King Institute of Preventive Medicine Micro-Biological Section reports 1912-19
Year: 1912
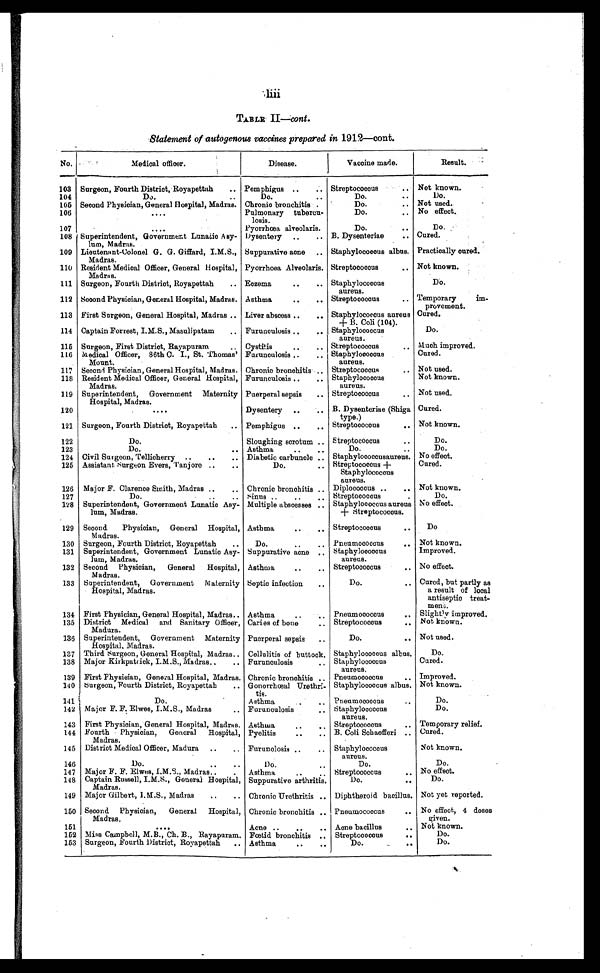
liii
TABLE II— cont.
Statement of autogenous vaccines prepared in 1912—cont.
No.
Medical officer.
Disease.
Vaccine made.
Result.
Not known.
Streptococcus . . .
103 Surgeon, Fourth District, Royapettah . . .
Pemphigus . . .
Do.
Do. . . .
104
Do. . . .
Do. . . .
Not used.
Do. . . .
105 Second Physician, General Hospital, Madras. Chronic bronchitis . . .
Do. . . .
No effect.
106
. . .
Pulmonary tubercu
-losis. . . .
107
. . .
Pyorrhœa alveolaris. . . .
Do. . . .
D o .
108 Superintendent, Government Lunatic Asy
-lum, Madras.
Dysentery . . .
B. Dysenteriae . . .
Cured.
Staphylococcus albus. . . Practically cured.
109 Lieutenant-Colonel G. G. Giffard, I.M.S.,
Madras.
Suppurative acne . . .
Streptococcus . . .
Not known.
110 Resident Medical Officer, General Hospital,
Madras.
Pyorrhoea Alveolaris.
111 Surgeon, Fourth District, Royapettah . . .
Eczema . . .
Staphylococcus
aureus.
Do.
112 Second Physician, General Hospital, Madras. Asthma . . .
Streptococcus . . .
Temporary im-
provement.
113 First Surgeon, General Hospital, Madras . . . Liver abscess . . .
Staphylococcus aureus
+ B. Coli (104).
Cured.
114 Captain Forrest, I.M.S., Masulipatam . . .
Furunculosis . . .
Staphylococcus
aureus.
Do.
115 Surgeon, First District, Rayapuram . . .
Cystitis . . .
Streptococcus . . .
Much improved.
Furunculosis . . .
Staphylococcus
aureus.
Cured.
116 Medical Officer, 86th C. I., St. Thomas'
Mount.
117 Second Physician, General Hospital, Madras. Chronic bronchitis . . . Streptococcus . . .
Not used.
Staphylococcus
aureus.
Not known.
Furunculosis . . .
Resident Medical Officer, General Hospital,
Madras.
118
119 Superintendent, Government Maternity
Hospital, Madras.
Puerperal sepsis . . .
Streptococcus . . .
Not used.
Dysentery . . .
B. Dysenteriae (Shiga
type.)
Cured.
120
. . .
121 Surgeon, Fourth District, Royapettah . . .
Pemphigus . . .
Streptococcus . . .
Not known.
122
Do.
Sloughing scrotum . . . Streptococcus . . .
Do.
Asthma . . .
Do. . .
Do.
123
Do. . . .
Staphylococcusaureus. No effect.
Civil Surgeon, Tellicherry . . .
Diabetic carbuncle . . .
124
125 Assistant Surgeon Evers, Tanjore . . .
Do. . . .
Streptococcus +
Staphylococcus
aureus.
Cured.
126 Major F. Clarence Smith, Madras . . .
Chronic bronchitis . . . Diplococcus . . .
Not known.
Do.
127
Do. . . .
Sinus . . .
Streptococcus . . .
128 Superintendent, Government Lunatic Asy-
lum, Madras.
Multiple abscesses . . . Staphylococcus aureus
+ Streptococcus.
No effect.
129 Second Physician, General Hospital,
Madras.
Asthma . . .
Streptococcus . . .
Do
Not known.
130 Surgeon, Fourth District, Royapettah . . .
Do. . . .
Pneumococcus . . .
Improved.
131 Superintendent, Government Lunatic Asy-
lum, Madras.
Suppurative acne . . . Staphylococcus
aureus.
No effect.
132 Second Physician, General Hospital,
Madras.
Asthma . . .
Streptococcus . . .
133 Superintendent, Government Maternity
Hospital, Madras.
Septic infection . . .
Do. . . .
Cured, but partly as
a result of local
antiseptic treat
-ment.
134 First Physician, General Hospital, Madras . . . Asthma . . .
Pneumococcus. . .
Slightly improved.
Not known.
135 District Medical and Sanitary Officer,
Madura.
Caries of bone. . .
Streptococcus . . .
136 Superintendent, Government Maternity
Hospital, Madras.
Puerperal sepsis . . .
Do. . . .
Not used.
137 Third Surgeon, General Hospital, Madras . . . Cellulitis of buttock. Staphylococcus albus.
Do.
Cured.
138 Major Kirkpatrick, I.M.S., Madras . . .
Furunculosis . . .
Staphylococcus
aureus.
139 First Physician, General Hospital, Madras. Chronic bronchitis . . . Pneumococcus . . .
Improved.
140
Staphylococcus albus. Not known.
Gonorrhœal Ureth
ri-tis.
Surgeon, Fourth District, Royapettah . . .
Do.
141
D o . Asthma . . .
Pneumococcus . . .
D o .
142 Major F. F. Elwes, I.M.S., Madras . . .
Furunculosis . . .
Staphylococcus aureus.
143 First Physician, General Hospital, Madras. Asthma...
S t r e p t o c o c c u s . . .
Temporary relief.
144 Fourth Physician, General Hospital,
Madras.
Pyelitis . . .
B. Coli Schaefferi . . . Cured.
145 District Medical Officer, Madura . . .
Furunclosis . . .
Staphylococcus
aureus.
Not known.
146
Do. . . .
Do. . . .
Do.
Do.
No effect.
147 Major F. F. Elwes, I.M.S., Madras . . .
Asthma . . .
Streptococcus . . .
Do.
148 Captain Russell, I.M.S., General Hospital,
Madras.
Suppurative arthritis.
Do. . . .
149 Major Gilbert, I.M.S., Madras . . .
Chronic Urethritis . . . Diphtheroid bacillus. Not yet reported.
150 Second Physician, General Hospital,
Madras.
Chronic bronchitis . . . Pneumococcus . . .
No effect, 4 doses
given.
Not known.
151
. . .
Acne . . .
Acne bacillus . . .
Fœtid bronchitis . . . Streptococcus . . .
Do.
152 Miss Campbell, M.B., Ch. B., Rayapuram.
Surgeon, Fourth District, Royapettah . . .
Asthma ...
D o . . . .
Do.
153